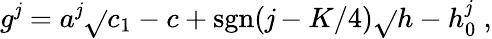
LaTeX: g^{\mathit{j}}=a^{\mathit{j}}\sqrt{}{{c_{1}-c}}+\mathrm{{sgn}}(\mathit{j}-K/4)\sqrt{}{{h-h_{0}^{\mathit{j}}}}{}~,